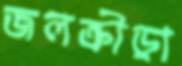
জলক্রীড়া